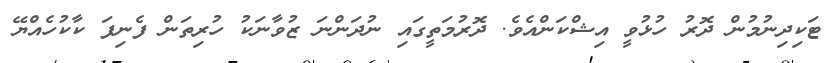
ޓަކިދިނުމުން ދޮރު ހުޅުވީ އިޝްކަންއެވެ. ދޮރުމަތީގައި ނުދަންނަ ޒުވާނަކު ހުރިތަން ފެނިފަ ކާކުހެއްޔޭ